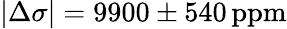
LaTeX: |\Delta\sigma|=9900\pm 540\mathrm{\, ppm}